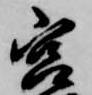
宮